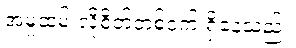
အမှုထမ်းလိုစိတ်တစ်ဝက် ရှိနေသည်။